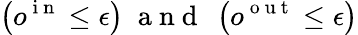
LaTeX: \left(o^{\mathrm{~i~n~}}\leq\epsilon\right)\; \mathrm{~a~n~d~}\; \left(o^{\mathrm{~o~u~t~}}\leq\epsilon\right)